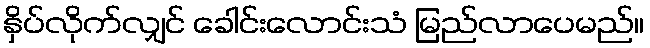
နှိပ်လိုက်လျှင် ခေါင်းလောင်းသံ မြည်လာပေမည်။